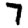
Digit: 7